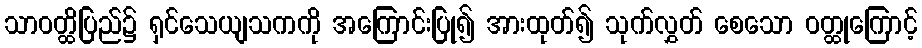
သာဝတ္ထိပြည်၌ ရှင်သေယျသကကို အကြောင်းပြု၍ အားထုတ်၍ သုက်လွှတ် စေသော ဝတ္ထုကြောင့်